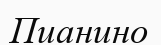
Пианино